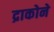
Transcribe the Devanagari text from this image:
द्राकोने